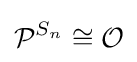
{\mathcal {P}}^{S_{n}}\cong {\mathcal {O}}